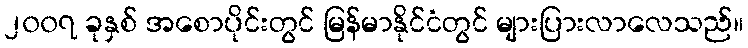
၂၀၀၇ ခုနှစ် အစောပိုင်းတွင် မြန်မာနိုင်ငံတွင် များပြားလာလေသည်။